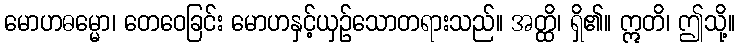
မောဟဓမ္မော၊ တေဝေခြင်း မောဟနှင့်ယှဉ်သောတရားသည်။ အတ္ထိ၊ ရှိ၏။ ဣတိ၊ ဤသို့။